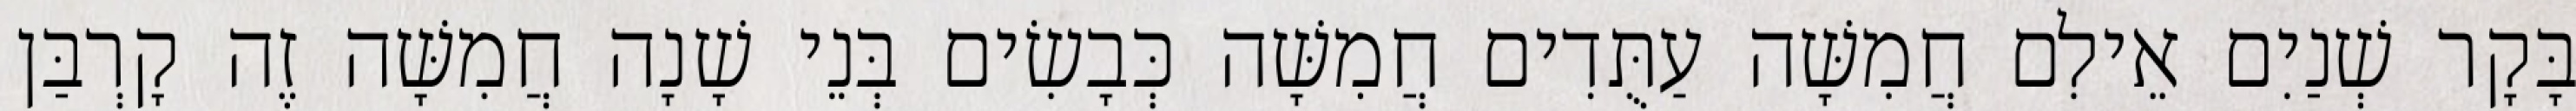
בָּקָר שְׁנַיִם אֵילִם חֲמִשָּׁה עַתֻּדִים חֲמִשָּׁה כְּבָשִׂים בְּנֵי שָׁנָה חֲמִשָּׁה זֶה קָרְבַּן